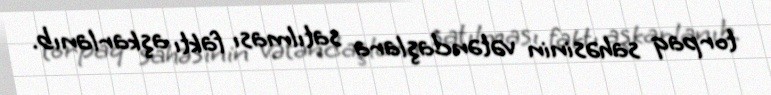
torpaq sahəsinin vətəndaşlara satılması faktı aşkarlanıb.